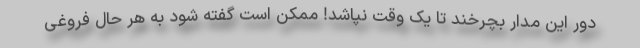
دور این مدار بچرخند تا یک وقت نپاشد! ممکن است گفته شود به هر حال فروغی